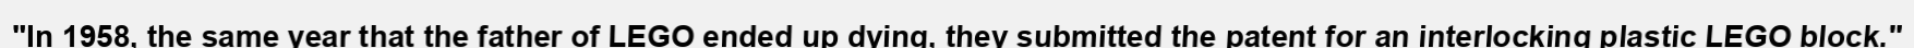
"In 1958, the same year that the father of LEGO ended up dying, they submitted the patent for an interlocking plastic LEGO block."